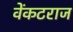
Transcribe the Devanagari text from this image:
वेंकटराज